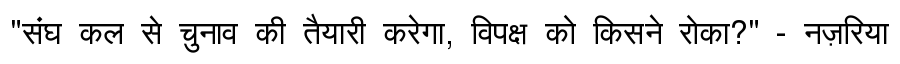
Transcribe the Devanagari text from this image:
"संघ कल से चुनाव की तैयारी करेगा, विपक्ष को किसने रोका?" - नज़रिया